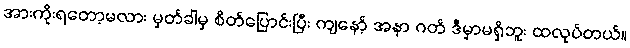
အားကိုးရတော့မလား မှတ်ခါမှ စိတ်ပြောင်းပြီး ကျနော့် အနာ ဂတ် ဒီမှာမရှိဘူး ထလုပ်တယ်။